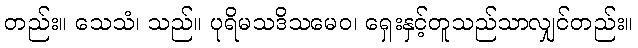
တည်း။ သေသံ၊ သည်။ ပုရိမသဒိသမေဝ၊ ရှေးနှင့်တူသည်သာလျှင်တည်း။